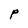
Character: P